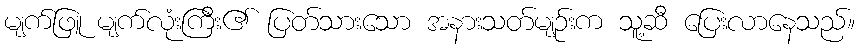
မျက်ဖြူ မျက်လုံးကြီး၏ ပြတ်သားသော အနားသတ်မျဉ်းက သူ့ဆီ ပြေးလာနေသည်။